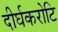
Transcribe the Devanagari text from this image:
दीर्घकरोटि